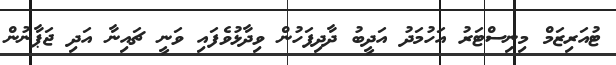
ޓުއަރިޒަމް މިނިސްޓަރު އަހުމަދު އަދީބު ދާދިފަހުން ވިދާޅުވެފައި ވަނީ ޗައިނާ އަދި ޖަޕާނުން